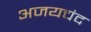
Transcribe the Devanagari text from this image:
अजयचंद